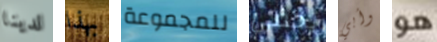
لدينا بهذا للمجموعة يخفى وأبي هو